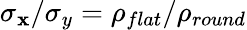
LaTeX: \sigma_{\mathbf{x}}/\sigma_{y}=\rho_{flat}/\rho_{round}